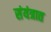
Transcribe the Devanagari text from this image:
संयंत्रात